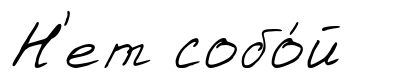
Н'ет собо́й